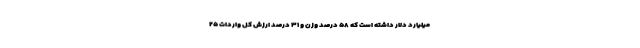
میلیارد دلار داشته است که ۵۸ درصد وزن و ۳۱ درصد ارزش کل واردات ۲۵